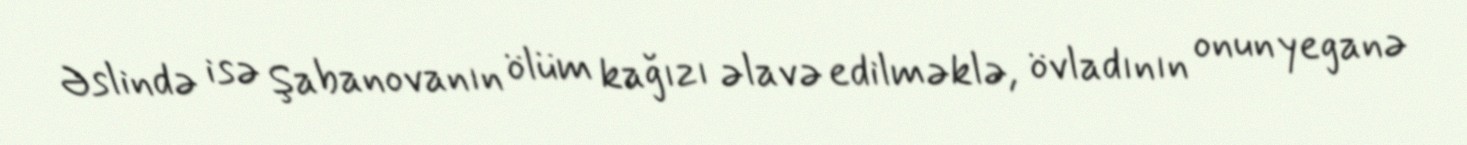
Əslində isə Şabanovanın ölüm kağızı əlavə edilməklə, övladının onun yeganə